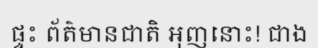
ផ្ទះ ព័ត៌មានជាតិ អុញនោះ! ជាង